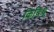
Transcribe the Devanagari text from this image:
किबिथू